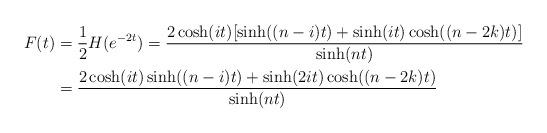
LaTeX: \begin{align*}F(t)&=\frac{1}{2}H(e^{-2t})=\frac{2\cosh(it)[\sinh((n-i)t) + \sinh(it)\cosh((n-2k)t)]}{\sinh(nt)}\\&=\frac{2\cosh(it)\sinh((n-i)t) + \sinh(2it)\cosh((n-2k)t)}{\sinh(nt)}\end{align*}